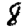
Digit: 8